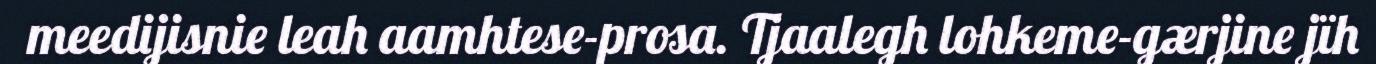
meedijisnie leah aamhtese-prosa. Tjaalegh lohkeme-gærjine jïh